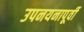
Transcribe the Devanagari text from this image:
उपनयनापूर्वी